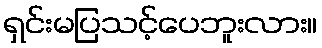
ရှင်းမပြသင့်ပေဘူးလား။